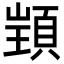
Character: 𮨋